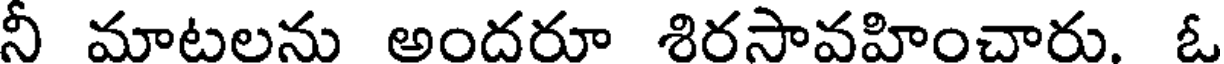
నీ మాటలను అందరూ శిరసావహించారు. ఓ